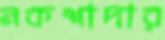
নকশাদার